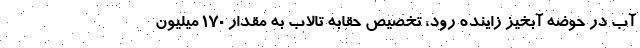
آب در حوضه آبخیز زاینده رود، تخصیص حقابه تالاب به مقدار ۱۷۰ میلیون